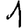
Digit: 1